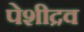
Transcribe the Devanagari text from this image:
पेशीद्रव